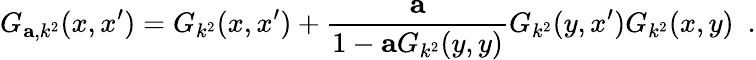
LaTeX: G_{{\mathbf a},k^{2}}(x,x^{\prime})=G_{k^{2}}(x,x^{\prime})+{\frac{\mathbf a}{1-{\mathbf a}G_{k^{2}}(y,y)}}G_{k^{2}}(y,x^{\prime})G_{k^{2}}(x,y)~~.